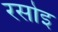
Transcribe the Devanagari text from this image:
रसोइ